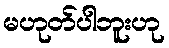
မဟုတ်ပါဘူးဟု